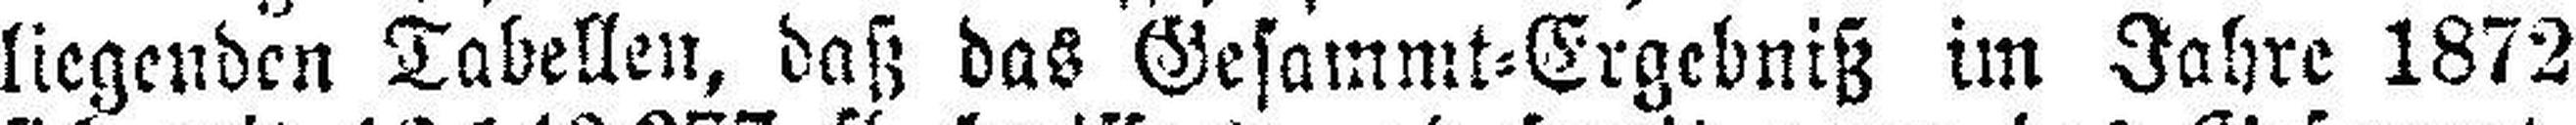
liegenden Tabellen, daß das Gesammt=Ergebniß im Jahre 1872